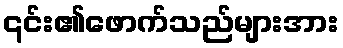
၎င်း၏ဖောက်သည်များအား